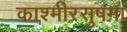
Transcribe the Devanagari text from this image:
काश्मीरसुषमा